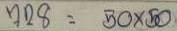
728 = 50 x 50